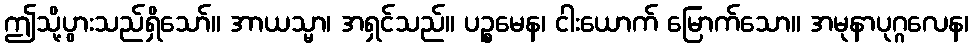
ဤသို့ပွားသည်ရှိသော်။ အာယသ္မာ၊ အရှင်သည်။ ပဉ္စမေန၊ ငါးယောက် မြောက်သော။ အမုနာပုဂ္ဂလေန၊